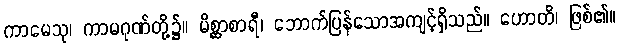
ကာမေသု၊ ကာမဂုဏ်တို့၌။ မိစ္ဆာစာရီ၊ ဘောက်ပြန်သောအကျင့်ရှိသည်။ ဟောတိ၊ ဖြစ်၏။